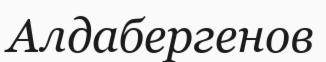
Алдабергенов